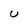
Character: U